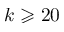
k \geqslant 2 0